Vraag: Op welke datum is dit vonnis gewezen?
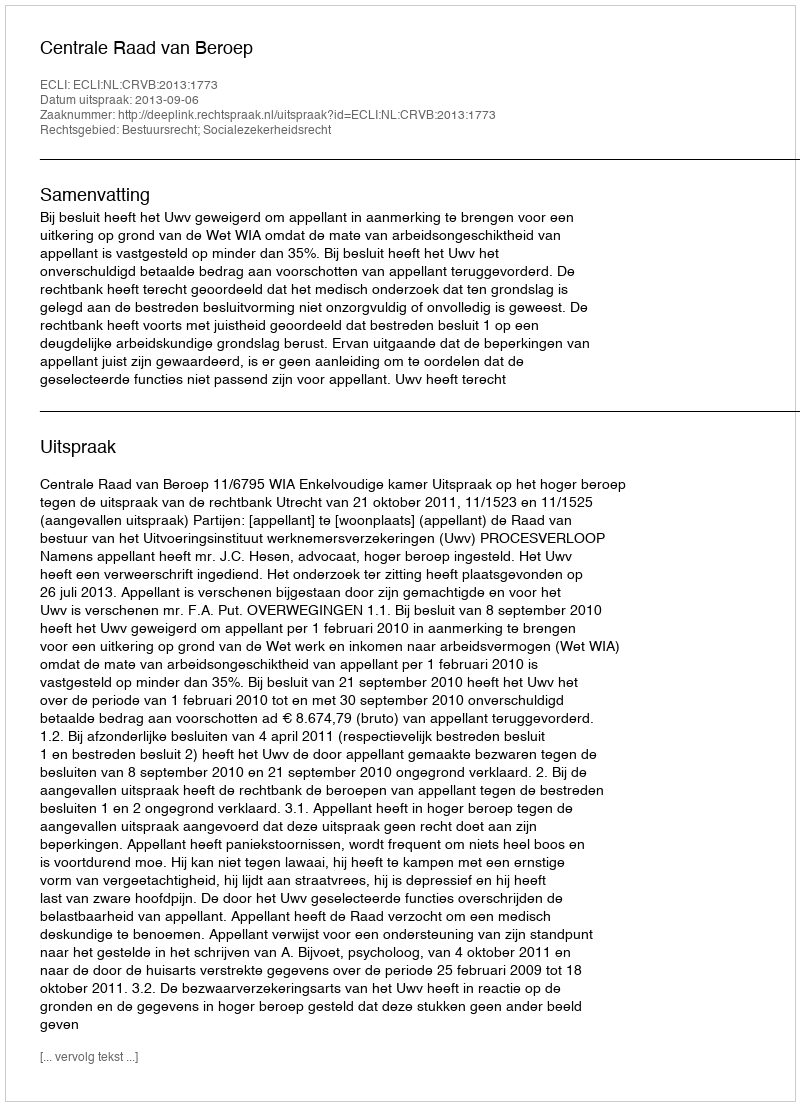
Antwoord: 2013-09-06